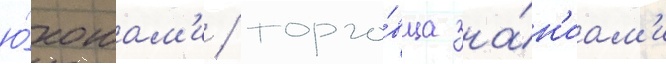
ю́ношам'и / торго́вца зна́н'иам'и